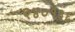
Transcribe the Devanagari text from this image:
२४०१३६